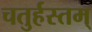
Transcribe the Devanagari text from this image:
चतुर्हस्तम्